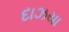
દાઝયા